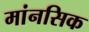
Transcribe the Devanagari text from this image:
मांनसिक